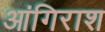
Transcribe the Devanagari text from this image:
आंगिराश